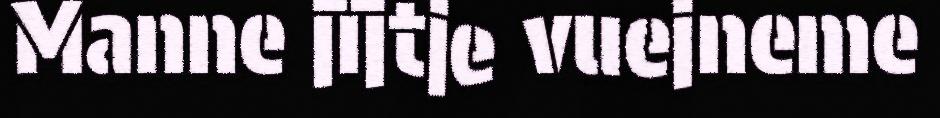
Manne jïjtje vuejneme